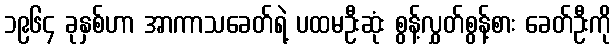
၁၉၆၄ ခုနှစ်ဟာ အာကာသခေတ်ရဲ့ ပထမဦးဆုံး စွန့်လွှတ်စွန့်စား ခေတ်ဦးကို